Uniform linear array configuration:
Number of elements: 12
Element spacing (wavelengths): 1
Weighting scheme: exponential
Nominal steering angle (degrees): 30
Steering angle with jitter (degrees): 30.418
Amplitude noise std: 0.05
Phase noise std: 0.05

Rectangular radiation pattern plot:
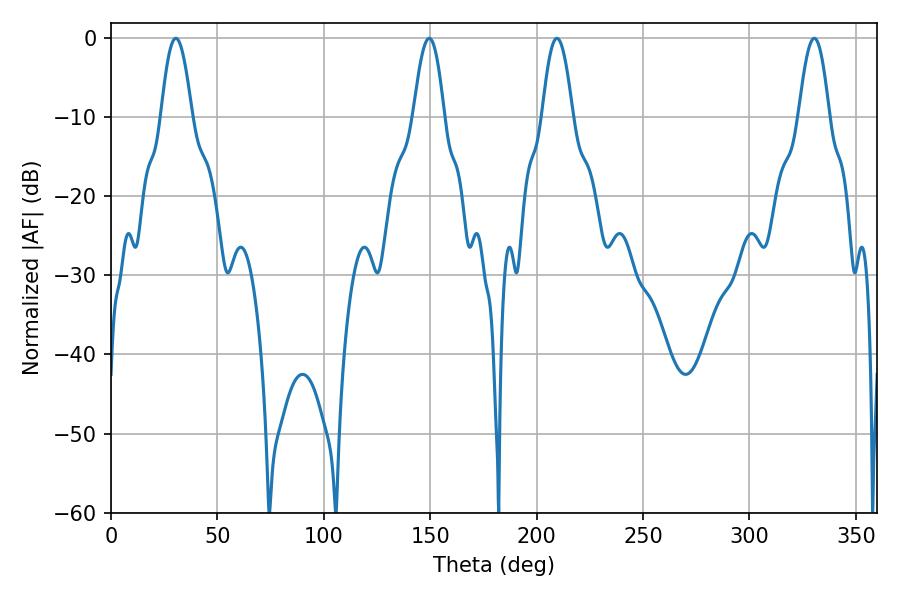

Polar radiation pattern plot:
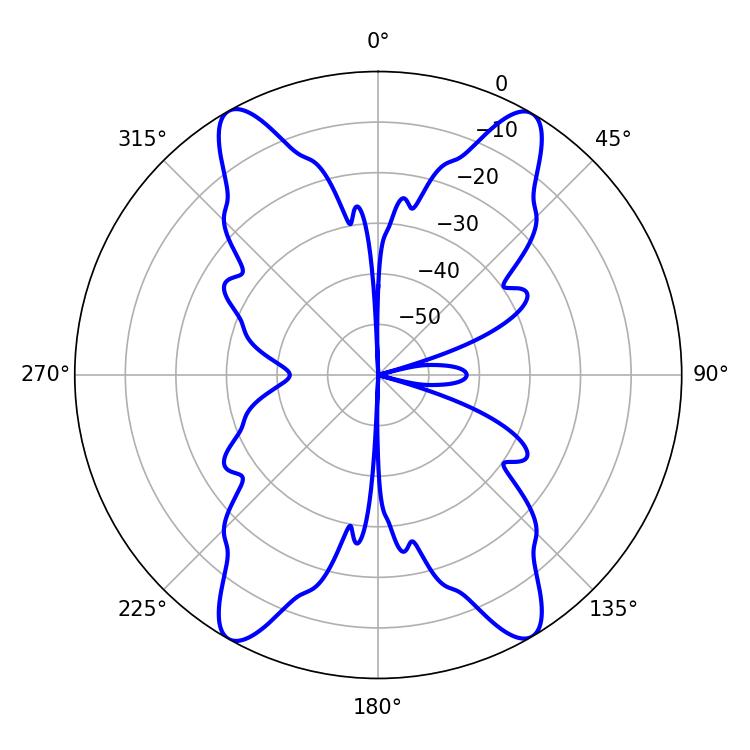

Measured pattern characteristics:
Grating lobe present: TRUE
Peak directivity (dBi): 25.323
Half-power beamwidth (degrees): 7.74
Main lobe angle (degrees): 330.48